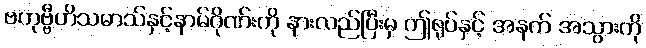
ဗဟုဗ္ဗီဟိသမာသ်နှင့်နာမ်ဂိုဏ်းကို နားလည်ပြီးမှ ဤရုပ်နှင့် အနက် အသွားကို